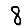
Digit: 8